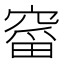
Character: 𮄋